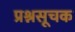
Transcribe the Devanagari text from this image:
प्रश्नसूचक